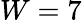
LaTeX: W=7